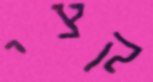
קצי